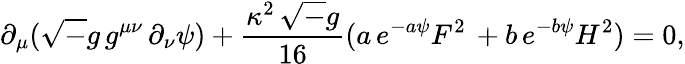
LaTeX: \partial_{\mu}({\sqrt-g}\, g^{\mu\nu}\, \partial_{\nu}\psi)+{\frac{\kappa^{2}\, {\sqrt-g}}{16}}(a\, e^{-a\psi}F^{2}\, +b\, e^{-b\psi}H^{2})=0,